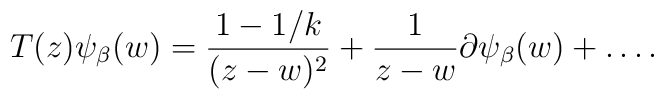
T(z)\psi _{\beta}(w)=\frac{1-1/k}{(z-w)^2}+\frac{1}{z-w}\partial \psi _{\beta}(w)+\ldots.